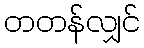
တတန်လျှင်